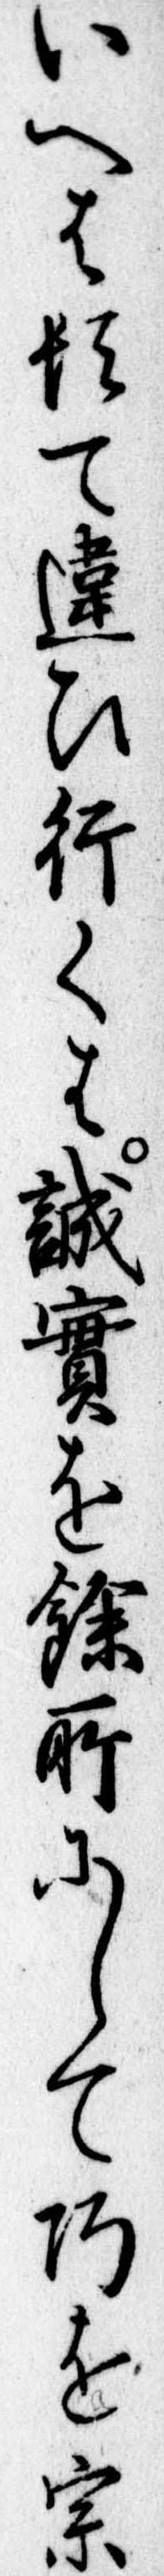
いへは頓て違ひ行くは誠実を余所にして巧を宗